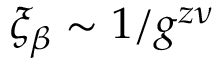
\xi _ { \beta } \sim 1 / g ^ { z \upnu }